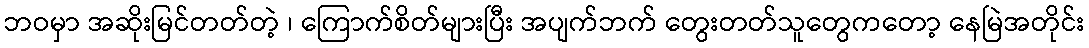
ဘဝမှာ အဆိုးမြင်တတ်တဲ့ ၊ ကြောက်စိတ်များပြီး အပျက်ဘက် တွေးတတ်သူတွေကတော့ နေမြဲအတိုင်း